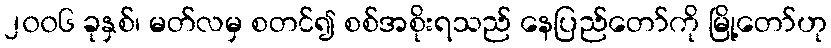
၂၀၀၆ ခုနှစ်၊ မတ်လမှ စတင်၍ စစ်အစိုးရသည် နေပြည်တော်ကို မြို့တော်ဟု